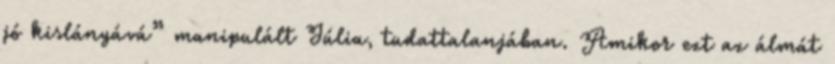
jó kislányává” manipulált Júlia, tudattalanjában. Amikor ezt az álmát